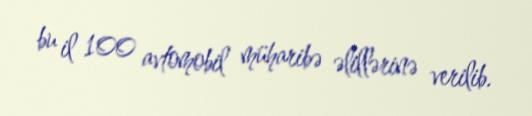
bu il 100 avtomobil müharibə əlillərinə verilib.